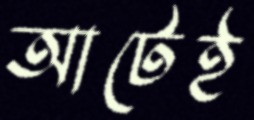
আটেই